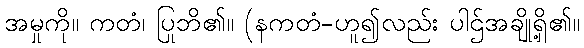
အမှုကို။ ကတံ၊ ပြုဘိ၏။ (နကတံ-ဟူ၍လည်း ပါဌ်အချို့ရှိ၏။